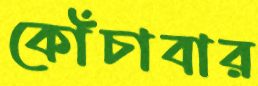
কোঁচাবার